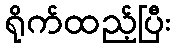
ရိုက်ထည့်ပြီး